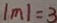
\vert m \vert = 3